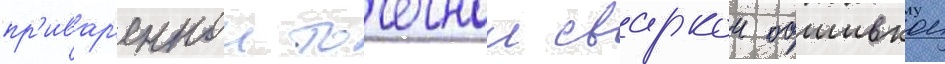
пр'ивар'еннои точечнои сваркои обшивкои